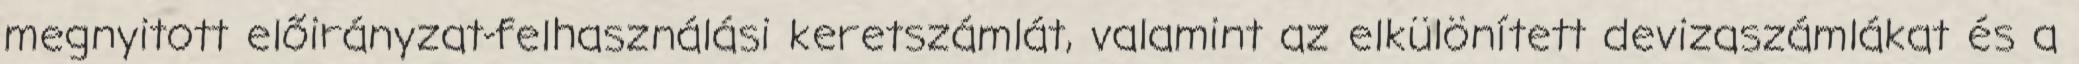
megnyitott előirányzat-felhasználási keretszámlát, valamint az elkülönített devizaszámlákat és a